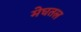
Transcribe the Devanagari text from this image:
मेघतल